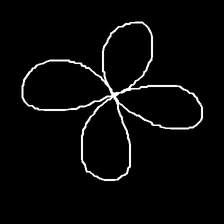
Glyph: billowing